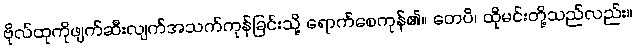
ဗိုလ်ထုကိုဖျက်ဆီးလျက်အသက်ကုန်ခြင်းသို့ ရောက်စေကုန်၏။ တေပိ၊ ထိုမင်းတို့သည်လည်း။